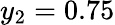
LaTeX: y_{2}=0.75